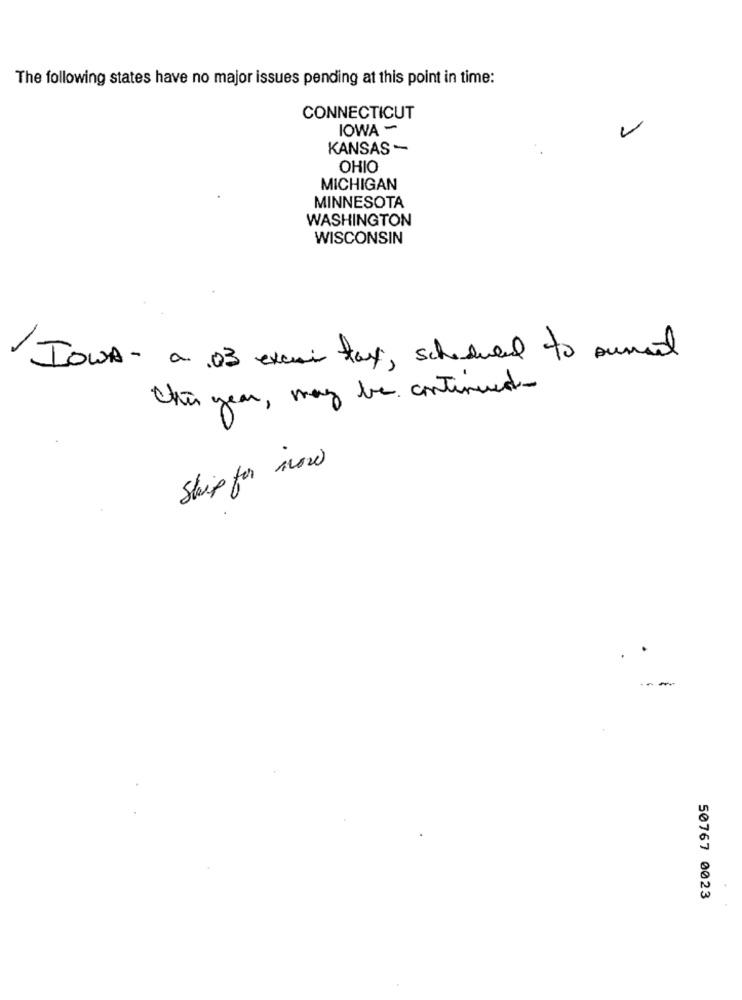
The following states have no major issues pending at this point in time:
CONNECTICUT
IOWA -
KANSAS -
OHIO
MICHIGAN
MINNESOTA
WASHINGTON
WISCONSIN
IOWA- a 03 excmir tax, scheduled to sumed
this year , may be continued-
Ship for now
50767 0023